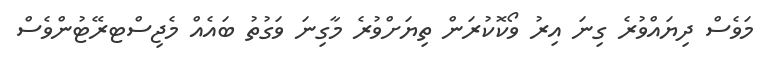
މަވެސް ދިޔައްވުރެ ގިނަ އިރު ވޯކޮކުރަން ތިޔަށްވުރެ މާގިނަ ވަގުތު ބައެއް މެޖިސްޓރޭޓުންވެސް